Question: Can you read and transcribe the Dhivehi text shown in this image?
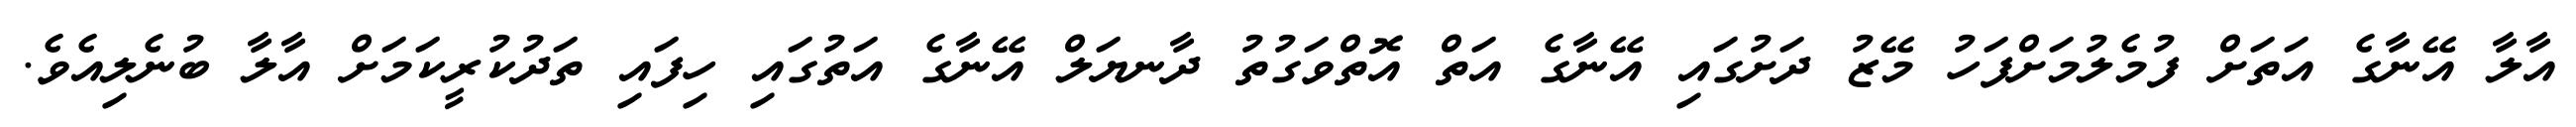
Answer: އާލާ އޭނާގެ އަތަށް ފުމެލުމަށްފަހު މޭޒު ދަށުގައި އޭނާގެ އަތް އޮތްވަގުތު ދާނޔަލް އޭނާގެ އަތުގައި ހިފައި ތަދުކުރީކަމަށް އާލާ ބުނެލިއެވެ.